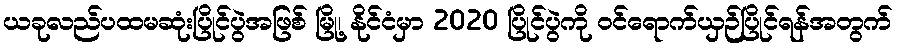
ယခုလည်ပထမဆုံးပြိုင်ပွဲအဖြစ် မြို့၊ နိုင်ငံမှာ 2020 ပြိုင်ပွဲကို ဝင်ရောက်ယှဉ်ပြိုင်ရန်အတွက်